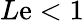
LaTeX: L\mathrm{e}<1